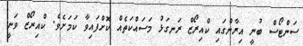
ސަންޓޯސް ބުނީ އިރާންގައި ކްއިރޯޒް ރަނގަޅު މަސައްކަތެއް ކޮށްފައިވާ ކަމަށެވެ. ކްއިރޯޒް ވަނީ